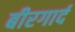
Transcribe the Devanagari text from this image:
बीरगार्द